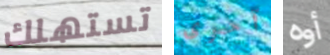
تستهلك آخرى أوه